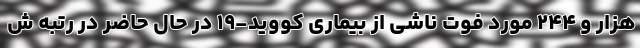
هزار و ۲۴۴ مورد فوت ناشی از بیماری کووید-۱۹ در حال حاضر در رتبه ش